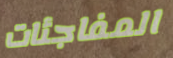
المفاجئات